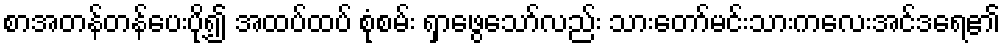
စာအတန်တန်ပေးပို့၍ အထပ်ထပ် စုံစမ်း ရှာဖွေသော်လည်း သားတော်မင်းသားကလေးအင်ဒရေ၏